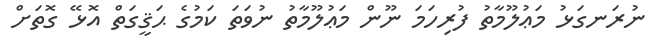
ނުރަނގަޅު މަޢުލޫމާތު ފުރިހަމަ ނޫން މަޢުލޫމާތު ނުވަތަ ކަމުގެ ޙަޤީގަތް އޮޅޭ ގޮތަށް